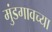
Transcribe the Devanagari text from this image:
मुंडगावच्या